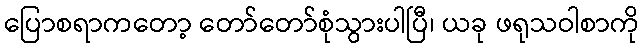
ပြောစရာကတော့ တော်တော်စုံသွားပါပြီ၊ ယခု ဖရုသဝါစာကို